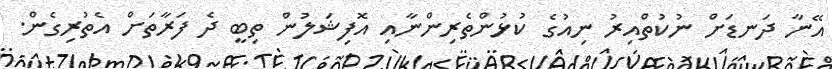
އޭނާ ދަނޑަށް ނުކުތްއިރު ނިއުގެ ކުޅުންތެރިންނާއި އޮފިޝަލުން ތިބީ ދެ ފަރާތަށް އެތުރިގެން.